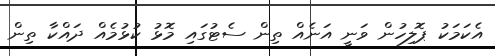
އެކަމަކު ޕޮލިހުން ވަނީ އަނެއް ތިން ސެޓުގައި މޮޅު ކުޅުމެއް ދައްކާ ތިން